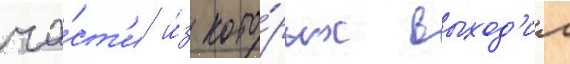
ча́ст'и и́з кото́рых выход'ил